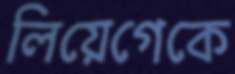
লিয়েগেকে